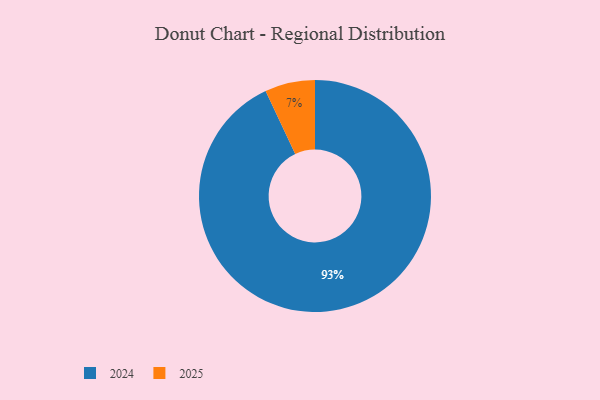
{"axis": {"x": "Category", "y": "Percentage"}, "legend": ["2024", "2025"], "data": [{"x": "2024", "y": 93, "type": "2024"}, {"x": "2025", "y": 7, "type": "2025"}]}